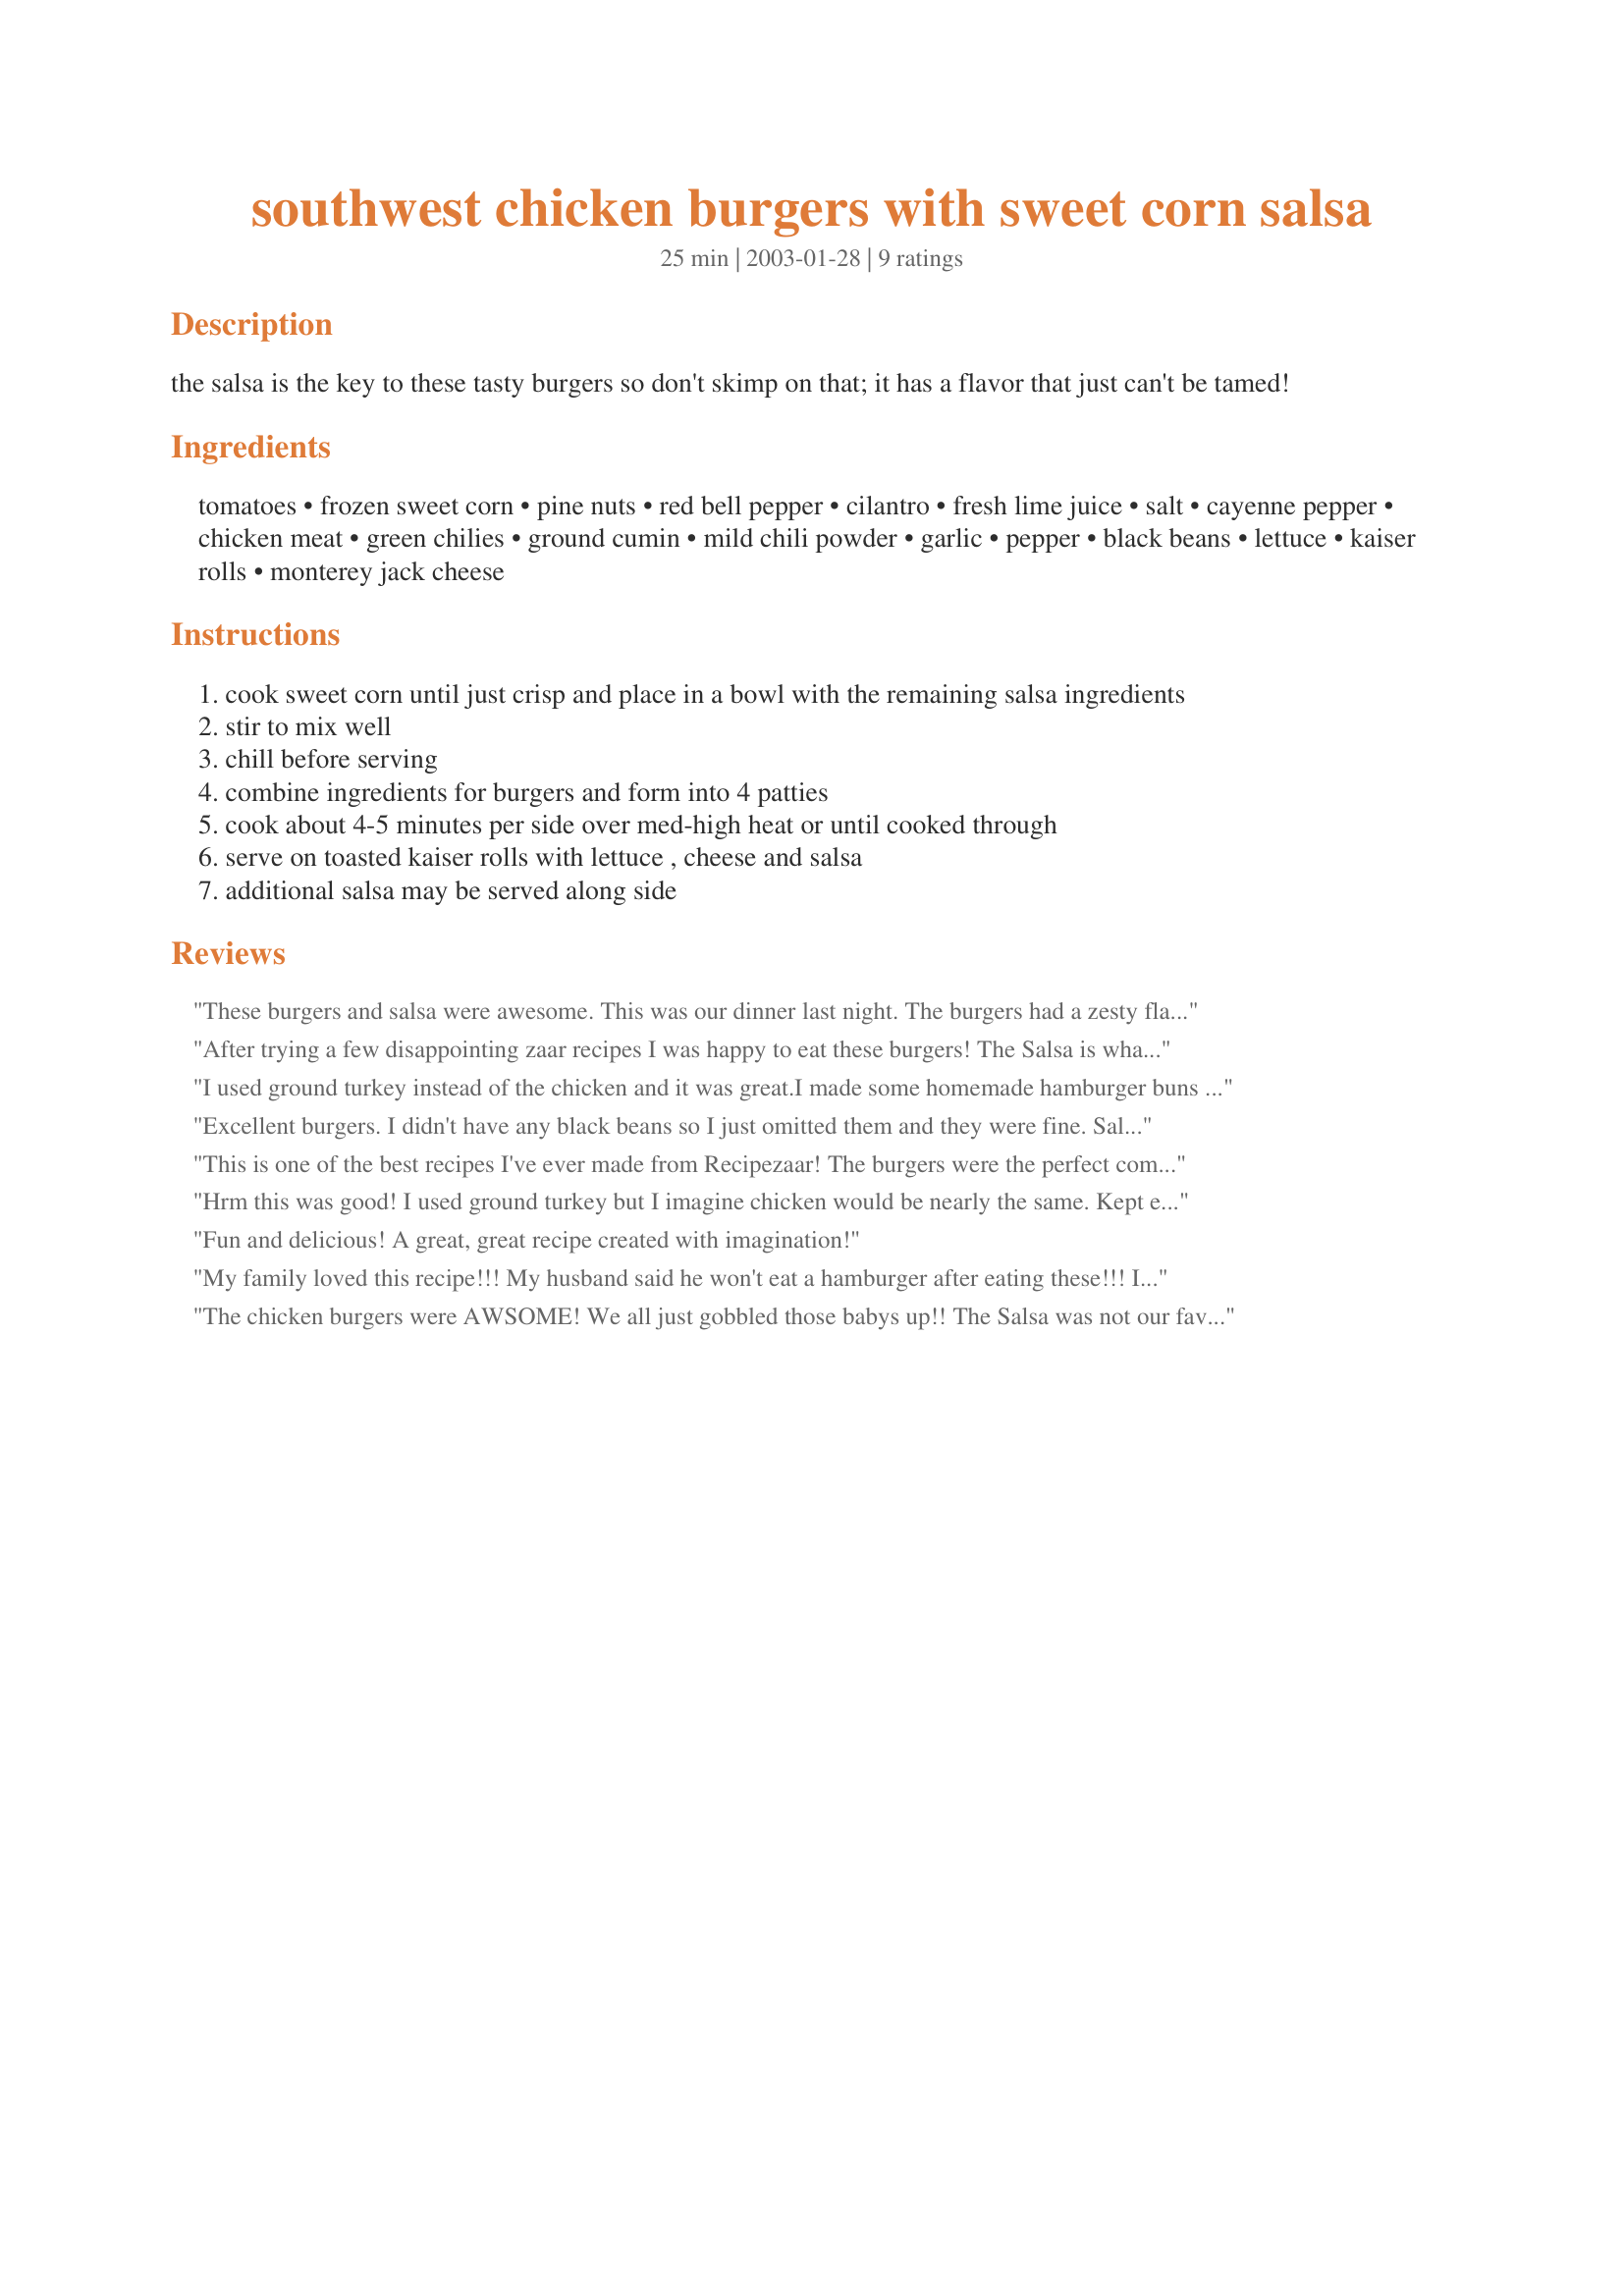
southwest chicken burgers with sweet corn salsa
Preparation time: 25 minutes

the salsa is the key to these tasty burgers so don't skimp on that; it has a flavor that just can't be tamed!

Ingredients:
tomatoes, frozen sweet corn, pine nuts, red bell pepper, cilantro, fresh lime juice, salt, cayenne pepper, chicken meat, green chilies, ground cumin, mild chili powder, garlic, pepper, black beans, lettuce, kaiser rolls, monterey jack cheese

Steps:
cook sweet corn until just crisp and place in a bowl with the remaining salsa ingredients
stir to mix well
chill before serving
combine ingredients for burgers and form into 4 patties
cook about 4-5 minutes per side over med-high heat or until cooked through
serve on toasted kaiser rolls with lettuce , cheese and salsa
additional salsa may be served along side

Reviews:
These burgers and salsa were awesome. This was our dinner last night. The burgers had a zesty flavor but the salsa is the thing that gets your attention. Very colorful and bursting with flavor. We all sure enjoyed them. Creative and delicious.
After trying a few disappointing zaar recipes I was happy to eat these burgers! The Salsa is what makes this recipe. Totally delicious, I would make the salsa just for its own sake. The burgers were not quite spicy enough for me but with the salsa it makes up for it.
I used ground turkey instead of the chicken and it was great.I made some homemade hamburger buns to go with it and it was a hit.I make the corn salsa almost every week since my husband liked it so much
Excellent burgers. I didn't have any black beans so I just omitted them and they were fine. Salsa was wonderful. Will be making again soon.
This is one of the best recipes I've ever made from Recipezaar! The burgers were the perfect combination of spices and the salsa was excellent (even though I had to omit the pine nuts because they were too expensive!). Delicious!
Hrm this was good! I used ground turkey but I imagine chicken would be nearly the same. Kept everything else the same. Thanks!
Fun and delicious! A great, great recipe created with imagination!
My family loved this recipe!!! My husband said he won't eat a hamburger after eating these!!! I omitted the green chillis and added some lime juice and chopped cilantro. Skipped the salsa this time, but put sliced avacado on top with some regular salsa...GREAT
The chicken burgers were AWSOME! We all just gobbled those babys up!! The Salsa was not our favourite, so next time I will just stick to our favourite homemade salsa. I think the pine nuts turned us off from the salsa. But, the chicken burgers were a keeper for sure!
